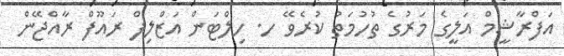
އަފްރާޝީމް އަލީގެ މަރުގެ ތުހުމަތު ކުރެވޭ ހ. ހިލްޓަން އަޒްލިފް ރައޫފް ރާއްޖޭން